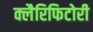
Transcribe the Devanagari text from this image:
क्लैरिफिटोरी